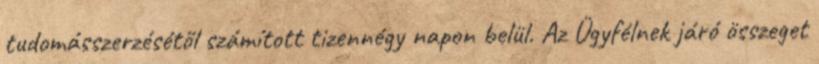
tudomásszerzésétől számított tizennégy napon belül. Az Ügyfélnek járó összeget